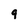
Character: 9